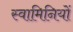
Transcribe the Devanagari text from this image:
स्वामिनियों